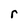
Character: r